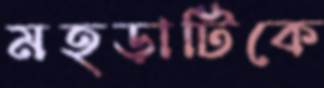
মহড়াটিকে